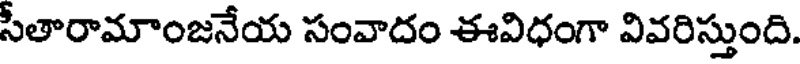
సీతారామాంజనేయ సంవాదం ఈవిధంగా వివరిస్తుంది.